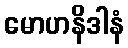
မောဟနိဒါနံ